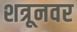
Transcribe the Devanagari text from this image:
शत्रूनवर